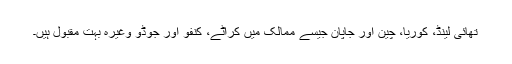
تھائی لینڈ، کوریا، چین اور جاپان جیسے ممالک میں کراٹے، کنفو اور جوڈو وغیرہ بہت مقبول ہیں۔